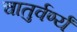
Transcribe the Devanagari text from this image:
चातुर्वर्ण्यं